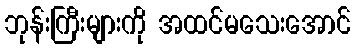
ဘုန်းကြီးများကို အထင်မသေးအောင်